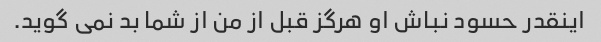
اینقدر حسود نباش او هرگز قبل از من از شما بد نمی گوید.